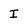
Character: I